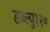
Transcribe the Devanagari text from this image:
डब्ल्यु१२०